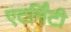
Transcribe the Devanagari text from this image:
एटर्निंटी